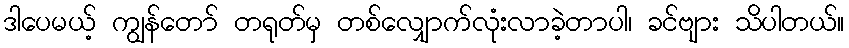
ဒါပေမယ့် ကျွန်တော် တရုတ်မှ တစ်လျှောက်လုံးလာခဲ့တာပါ၊ ခင်ဗျား သိပါတယ်။